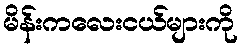
မိန်းကလေးငယ်များကို